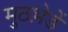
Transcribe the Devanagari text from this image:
मुठभ़ेडें